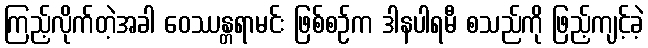
ကြည့်လိုက်တဲ့အခါ ဝေဿန္တရာမင်း ဖြစ်စဉ်က ဒါနပါရမီ စသည်ကို ဖြည့်ကျင့်ခဲ့